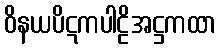
ဝိနယပိဋကပါဠိအဋ္ဌကထာ